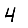
Digit: 4